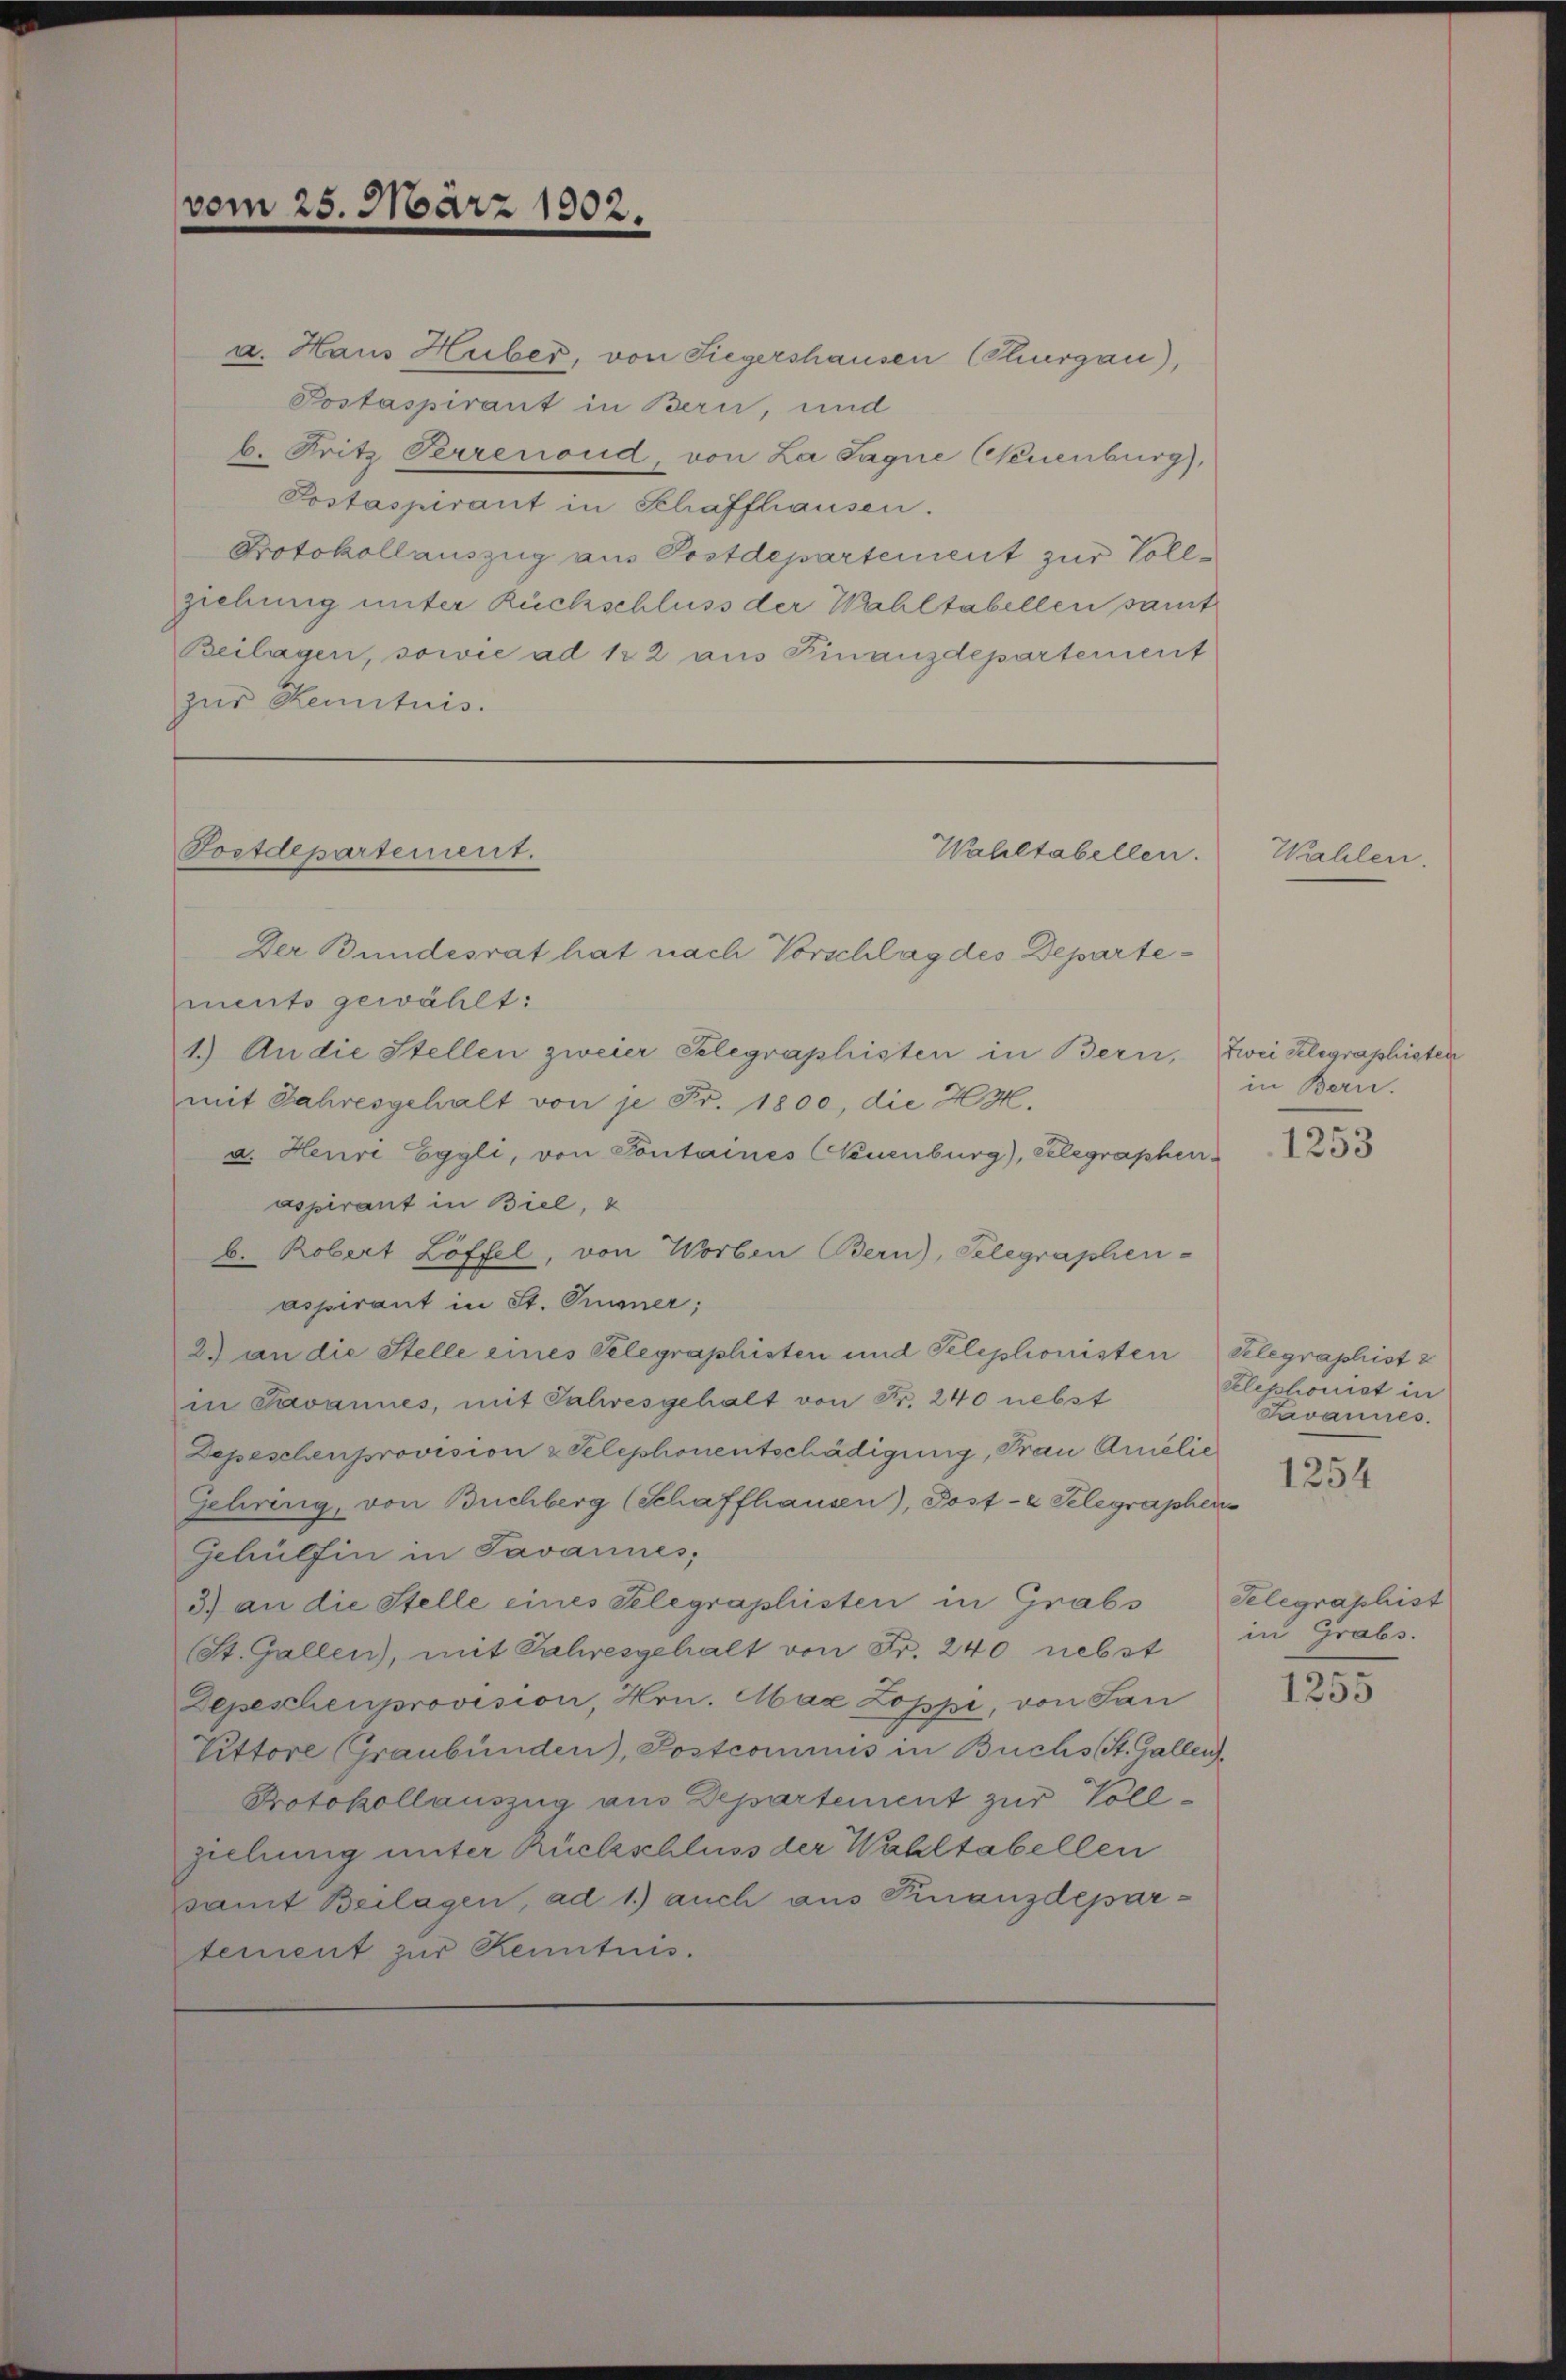
a. Haus Huber, von Siegershausen (Thurgau),
Postaspirant in Bern, und
b. Fritz Verrenond, von La Sagne Neuenburg),
Postaspirant in Schaffhausen.
Protokollauszug aus Postdepartement zur Vollziehung unter Rückschluss der Wahltabellen samt
Beilagen, sowie ad 1 2 aus Finanzdepartement
zur Kenntnis.

vom 25. März 1902.

Postdepartement.

Wahltabellen.

Der Bundesrat hat nach Vorschlag des Departements gewählt:
1.) An die Stellen zweier Telegraphisten in Bern, Zwei Klegraphisten
mit Jahresgehalt von je Fr. 1800, die HH
a. Heuri Eggli, von Pontaines Neuenburg), Gelegraphenaspirant in Biel, 2
b. Robert Löffel, von Worben Bern), Telegraphen-
aspirant in St. Tunner;
2) an die Stelle eines Telegraphisten und Telephonisten Gelegraphist
in Javannes, mit Jahresgehalt von Fr. 240 nebst
Depeschenprovision & Telephonentschädigung, Frau Amelić
Gehiring, von Buchberg (Schaffhausen), Post-E Telegraphen
Gehülfen in Tavannes;
3) an die Stelle eines Telegraphisten in Grabs
St. Gallen, mit Jahresgehalt von Fr. 240 nebst
Depeschenprovision, Hrn. Max Zoppi, von San
Vittore Graubünden), Postcommis in Buchs St. Gallen,
Protokollauszug aus Departement zur Vollziehung unter Rückschluss der Wahltabellen
samt Beilagen, ad 1.) auch aus Finanzdepartement zur Renntnis.

Wahler

in Bern.

1253

Elephonist in
Javannes.

1254

Selegraphist
in Grabs.

1255